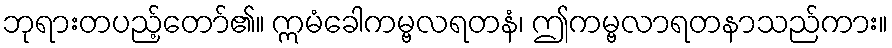
ဘုရားတပည့်တော်၏။ ဣမံခေါကမ္ဗလရတနံ၊ ဤကမ္ဗလာရတနာသည်ကား။